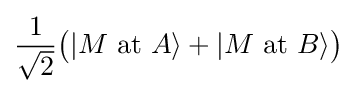
{\frac {1}{\sqrt {2}}}{\big (}|M{\text{ at }}A\rangle +|M{\text{ at }}B\rangle {\big )}